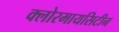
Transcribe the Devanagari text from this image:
क्लोरमायसिटीन